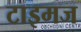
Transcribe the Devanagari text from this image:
टाइमज